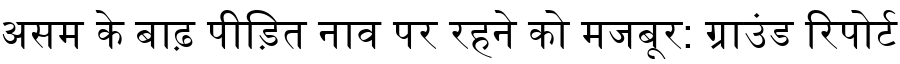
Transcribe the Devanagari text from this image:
असम के बाढ़ पीड़ित नाव पर रहने को मजबूर: ग्राउंड रिपोर्ट